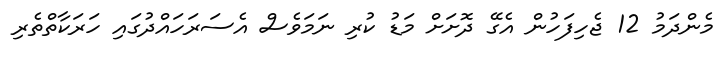
މެންދަމު 12 ޖެހިފަހުން އެގޭ ދޮށަށް މަޑު ކުރި ނަމަވެސް އެސަރަހައްދުގައި ހަރަކާތްތެރި